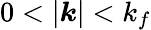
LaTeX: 0<|\boldsymbol{k}|<k_{f}